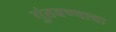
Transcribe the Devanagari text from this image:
गुंतवण्याचा